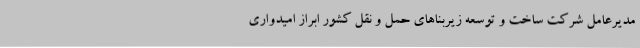
مدیرعامل شرکت ساخت و توسعه زیربناهای حمل و نقل کشور ابراز امیدواری